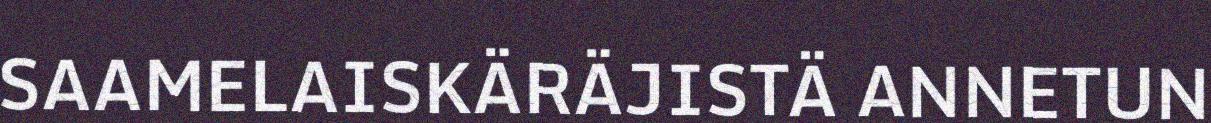
SAAMELAISKÄRÄJISTÄ ANNETUN